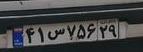
۴۱س۷۵۶۲۹